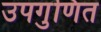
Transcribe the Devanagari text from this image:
उपगुणित